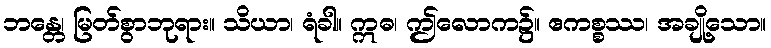
ဘန္တေ၊ မြတ်စွာဘုရား။ သိယာ၊ ရံခါ။ ဣဓ၊ ဤလောက၌။ ဧကစ္စဿ၊ အချို့သော။